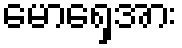
မောရှေအား